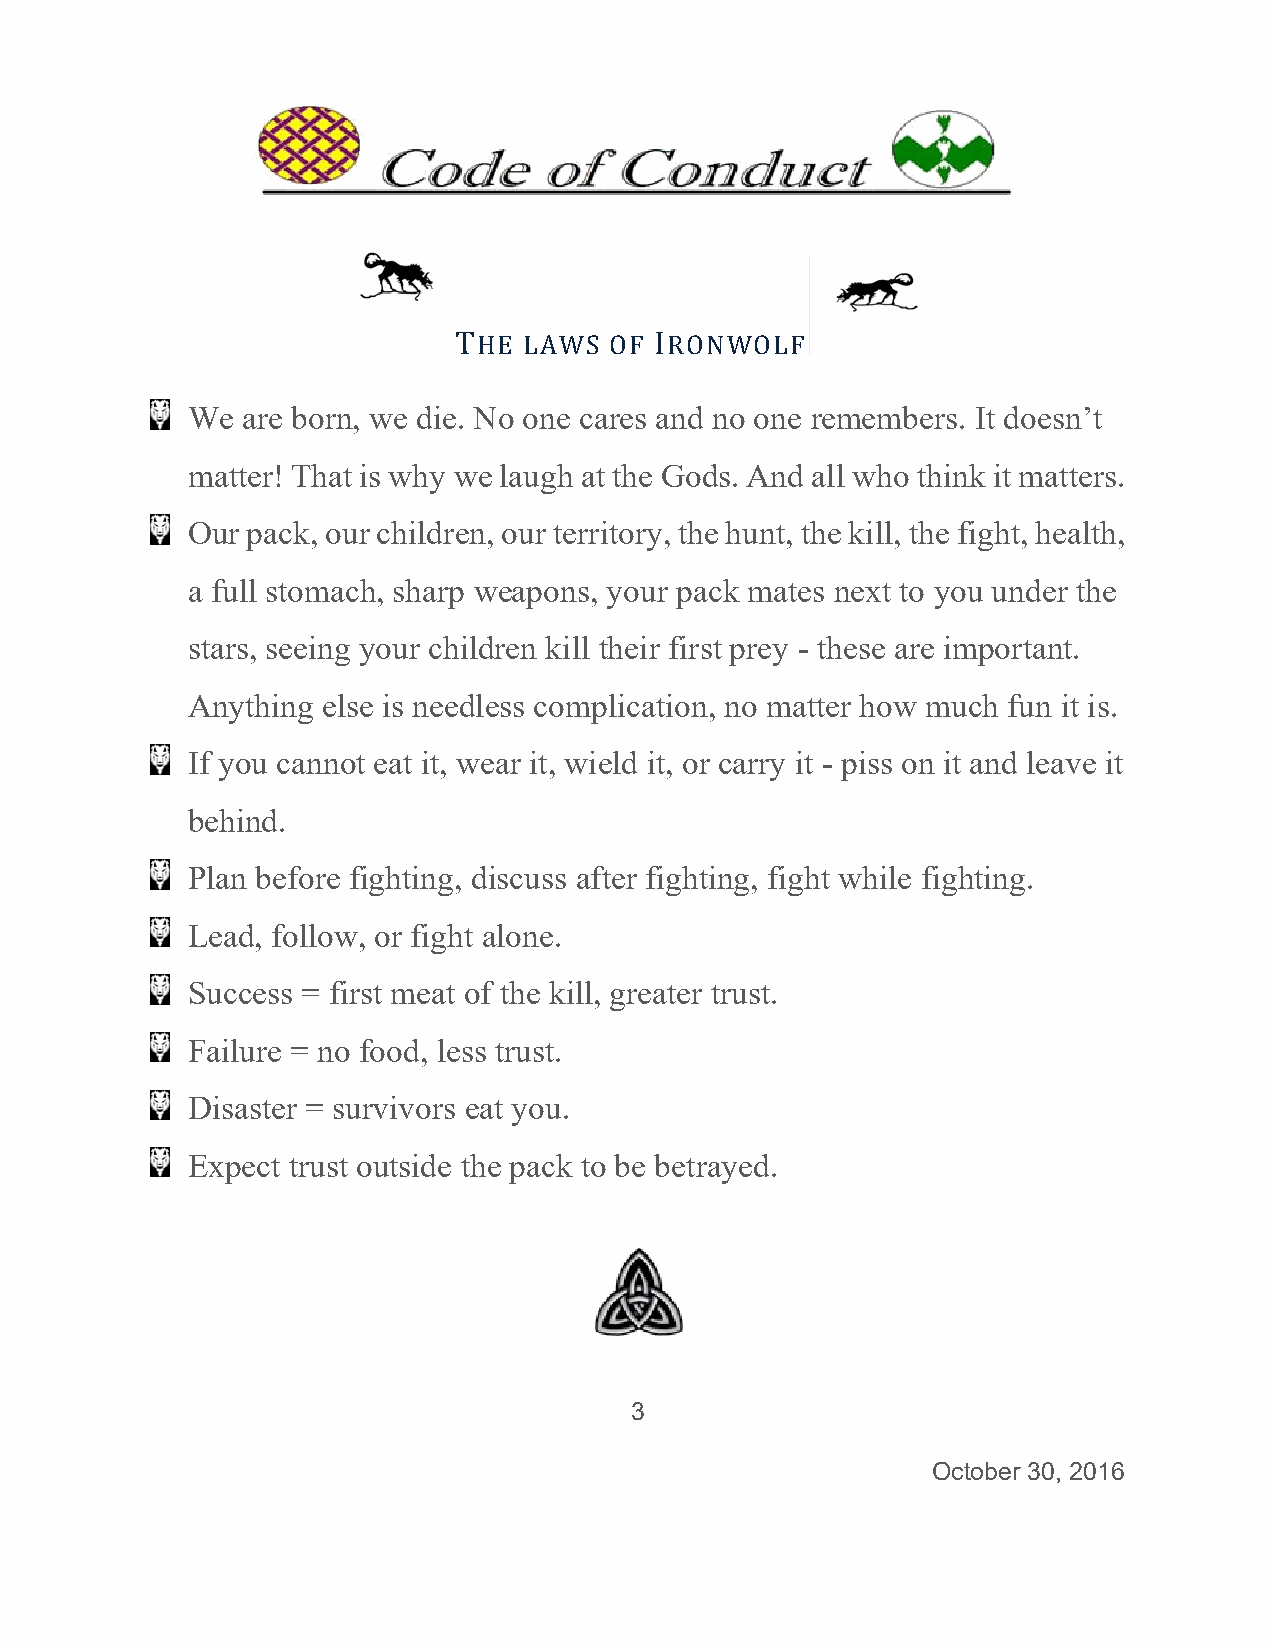
THE  LAWSS OF IRONNWOLF
 We  are born,, we die. NNo one caares and nno one reememberss. It doesnn’t
 mattter! That is why wwe laugh aat the Godds. And alll who thinnk it mattters.
 Ourr pack, ouur childrenn, our terrritory, thee hunt, thee kill, the fight, heaalth,
 a fuull stomacch, sharp wweapons,, your pacck mates nnext to yoou under the
 starss, seeing your chilldren kill their firstt prey - thhese are immportantt.
 Anyything elsse is needlless compplication, no matteer how muuch fun itt is.
 If yoou cannott eat it, wwear it, wiield it, or carry it - piss on itt and leavve it
 behiind.
 Plann before ffighting, ddiscuss affter fightiing, fight while figghting.
 Lead, followw, or fight alone.
 Success = firrst meat oof the kill,, greater ttrust.
 Faillure = no food, lesss trust.
 Disaaster = suurvivors eeat you.
 Exppect trust ooutside thhe pack too be betraayed.
 3
 Occtober 30, 22016